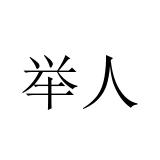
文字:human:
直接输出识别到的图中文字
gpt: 举人